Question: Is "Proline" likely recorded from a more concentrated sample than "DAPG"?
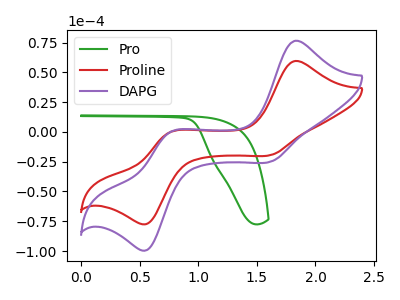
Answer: <think>The green curve "Pro" has no peaks. The red curve "Proline" has anodic peaks at (1.85V, 59.55uA) (0.75V, -0.50uA) and cathodic peaks at (1.65V, -19.15uA) (0.55V, -77.00uA). The purple curve "DAPG" has anodic peaks at (1.85V, 76.50uA) (0.75V, -0.65uA) and cathodic peaks at (1.65V, -24.65uA) (0.55V, -98.90uA).
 All the peaks in "Proline" have a peak in "DAPG" at the same potential.</think>
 <answer>I cant tell if "Proline" or "DAPG" has more signal.</answer>
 <eval>mixed_signal</eval>